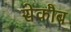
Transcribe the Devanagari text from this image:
सेकौब